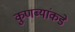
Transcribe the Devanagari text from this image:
कुणब्यांकडे